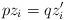
LaTeX: \begin{align*}pz_i = qz'_i \end{align*}